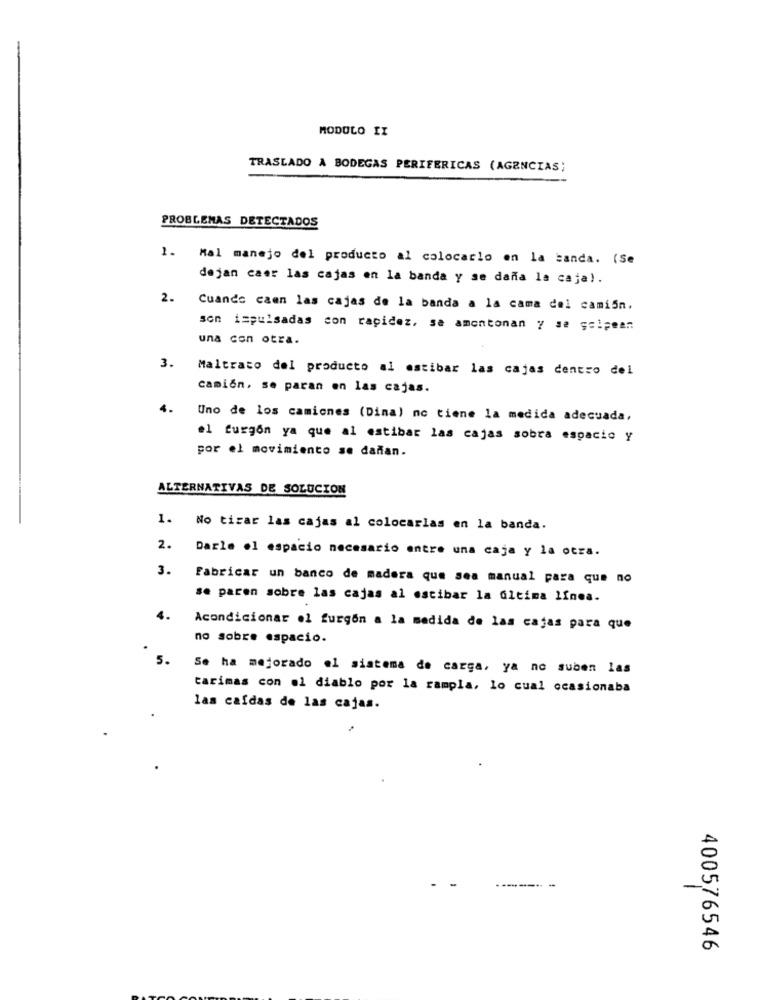
MODOLO IX
TRASLADO A BODEGAS PERIFERICAS (AGENCIAS;
PROBLEMAS DETECTADOS
1.
Mal manejo del producto al colocarlo en la banda. (Se
dejan caer las cajas en la banda y se daña la caja).
2.
Cuando caen las cajas de la banda a la cama del cami5m.
son impulsadas con rapidez, se amontonan ? 32 ;cipean:
una con otra.
3.
Maltrato del producto al estibar las cajas centro del
camión, se paran en las cajas.
4.
Uno de los camiones (Dina) no tiene la medida adecuada,
el furgón ya que al estibar las cajas sobra espacio y
por el movimiento se dañan.
ALTERNATIVAS DE SOLUCION
1. No tizar las cajas al colocarlas en la banda.
2. Darle el espacio necesario entre una caja y la otra.
3.
Fabricar un banco de madera que sea manual para que no
se paren sobre las cajas al ostibar la última línea.
4.
Acondicionar el furgon a la medida de las cajas para que
no sobre espacio.
5.
Se ha mejorado el sistema de carga, ya no suben las
tarimas con el diablo por la rampla, lo cual ocasionaba
las cafdas de las cajas.
400576546